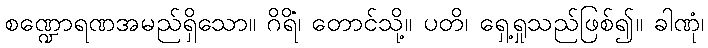
စဏ္ဍောရဏအမည်ရှိသော။ ဂိရိံ၊ တောင်သို့။ ပတိ၊ ရှေ့ရှုသည်ဖြစ်၍။ ခါဏုံ၊